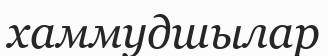
хаммудшылар